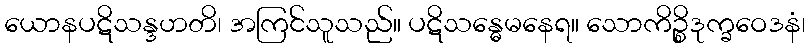
ယောနပဋိသန္ဒဟတိ၊ အကြင်သူသည်။ ပဋိသန္ဓေမနေရ။ သောကိဉ္စိဒုက္ခဝေဒနံ၊